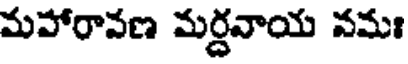
మహారావణ మర్దవాయ వమః